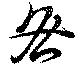
咎